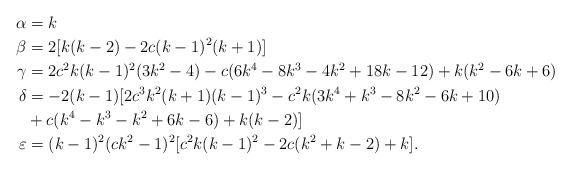
LaTeX: \begin{align*}\alpha &= k \\\beta &= 2[k(k-2) - 2c(k-1)^2(k+1)]\\\gamma &= 2 c^2 k( k-1)^2 ( 3 k^2-4) - c (6 k^4 - 8 k^3 - 4 k^2 + 18k -12) + k (k^2-6k+6) \\\delta &= -2 ( k -1) [2 c^3 k^2 (k+1)(k-1)^3 -c^2 k (3k^4+k^3-8k^2-6k+10)\\ & +c (k^4-k^3-k^2+6k-6)+k(k-2)]\\\varepsilon &=( k- 1)^2 (c k^2-1)^2 [c^2 k (k-1)^2 - 2 c (k^2+k-2)+k].\end{align*}